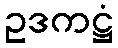
ဥဒကဋ္ဌံ